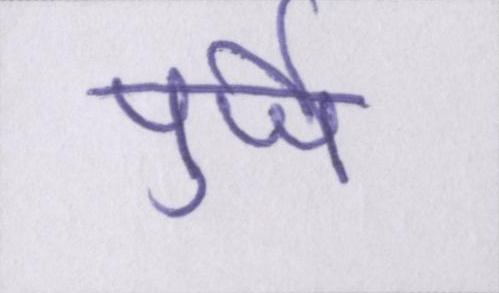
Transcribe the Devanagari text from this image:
पुर्जे